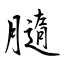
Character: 膸